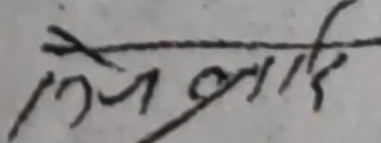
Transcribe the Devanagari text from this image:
लेख्लाइ